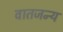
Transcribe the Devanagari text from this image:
वातजन्य